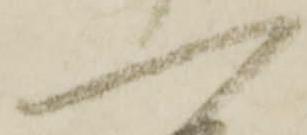
一